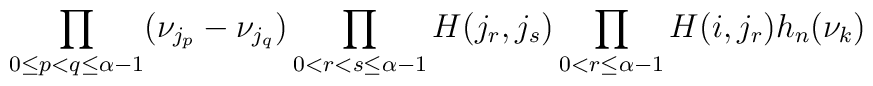
\prod_{0\leq p<q\leq\alpha-1}(\nu_{j_{p}}-\nu_{j_{q}})  \prod_{0<r<s\leq\alpha-1}H(j_{r},j_{s})  \prod_{0<r\leq\alpha-1}H(i,j_{r})h_{n}(\nu_{k})